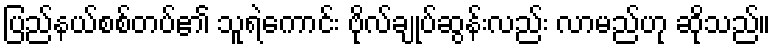
ပြည်နယ်စစ်တပ်၏ သူရဲကောင်း ဗိုလ်ချုပ်ဆွန်းလည်း လာမည်ဟု ဆိုသည်။